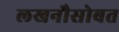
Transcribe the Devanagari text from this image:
लखनौसोबत